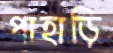
পাহাড়ি